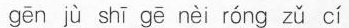
gēn jù shī gē nèi róng zǔ cí